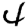
Digit: 4